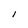
Character: l